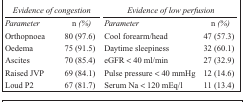
<table><thead><tr><td colspan="2"><b><i>Evidence of congestion</i></b></td><td colspan="2"><b><i>Evidence of low perfusion</i></b></td></tr></thead><tbody><tr><td>Parameter</td><td>n (%)</td><td>Parameter</td><td>n (%)</td></tr><tr><td>Orthopnoea</td><td>80 (97.6)</td><td>Cool forearm/head</td><td>47 (57.3)</td></tr><tr><td>Oedema</td><td>75 (91.5)</td><td>Daytime sleepiness</td><td>32 (60.1)</td></tr><tr><td>Ascites</td><td>70 (85.4)</td><td>eGFR &lt; 40 ml/min</td><td>27 (32.9)</td></tr><tr><td>Raised JVP</td><td>69 (84.1)</td><td>Pulse pressure &lt; 40 mmHg</td><td>12 (14.6)</td></tr><tr><td>Loud P2</td><td>67 (81.7)</td><td>Serum Na &lt; 120 mEq/l</td><td>11 (13.4)</td></tr></tbody></table>